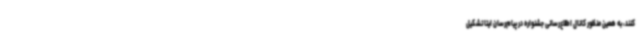
کنند، به همین منظور کانال اطلاع‌رسانی جشنواره در پیام‌رسان ایتا تشکیل